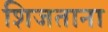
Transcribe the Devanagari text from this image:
शिजताना